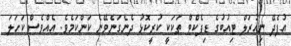
އުފެދޭ ނިއުރަލް ޓިއުބުގެ ޑިފެކްޓް ތަކަކީ ކުރީކޮޅު ދެނެގަނެވޭނެ ކަންކަމެވެ. އެއްވެސް ކަހަލަ